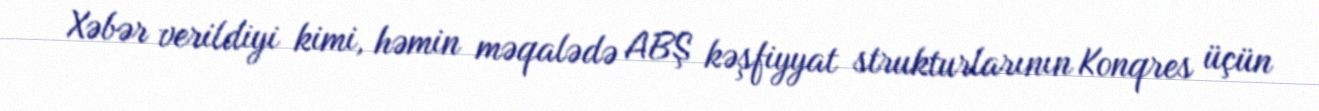
Xəbər verildiyi kimi, həmin məqalədə ABŞ kəşfiyyat strukturlarının Konqres üçün